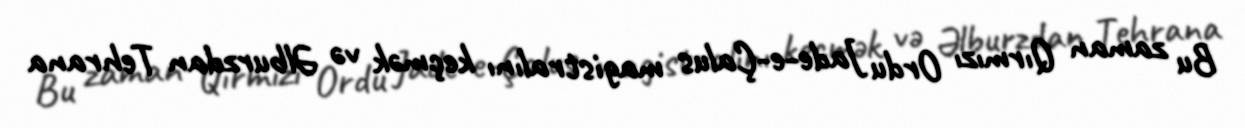
Bu zaman Qırmızı Ordu Jade-e-Çalus magistralını keçmək və Əlburzdan Tehrana